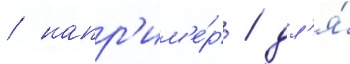
/ напр'им'е́р / дл'я́